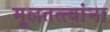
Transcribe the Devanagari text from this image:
मूलतत्त्वांना